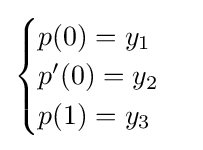
{\begin{cases}p(0)=y_{1}\\p'(0)=y_{2}\\p(1)=y_{3}\end{cases}}